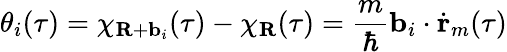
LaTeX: \theta_{i}(\tau)=\chi_{\textbf{R}+\textbf{b}_{i}}(\tau)-\chi_{\textbf{R}}(\tau)=\frac{m}{\hbar}\textbf{b}_{i}\cdot\dot{\textbf{r}}_{m}(\tau)